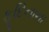
ફૂદિનાના